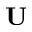
{ \bf U }